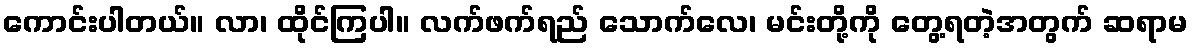
ကောင်းပါတယ်။ လာ၊ ထိုင်ကြပါ။ လက်ဖက်ရည် သောက်လေ၊ မင်းတို့ကို တွေ့ရတဲ့အတွက် ဆရာမ